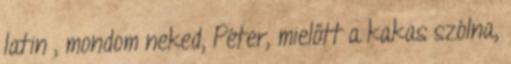
latin , mondom neked, Péter, mielőtt a kakas szólna,